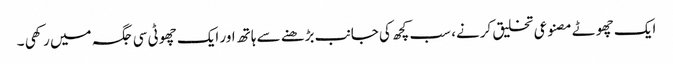
ایک چھوٹے مصنوعی تخلیق کرنے، سب کچھ کی جانب بڑھنے سے ہاتھ اور ایک چھوٹی سی جگہ میں رکھی ۔